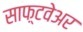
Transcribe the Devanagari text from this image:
साफ़्टवेअर